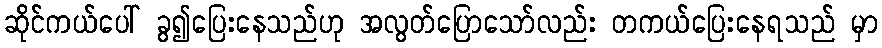
ဆိုင်ကယ်ပေါ် ခွ၍ပြေးနေသည်ဟု အလွတ်ပြောသော်လည်း တကယ်ပြေးနေရသည် မှာ